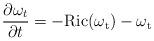
LaTeX: \begin{align*} \frac{\partial \omega_t}{\partial t}=-\rm{Ric}(\omega_t)-\omega_t\end{align*}